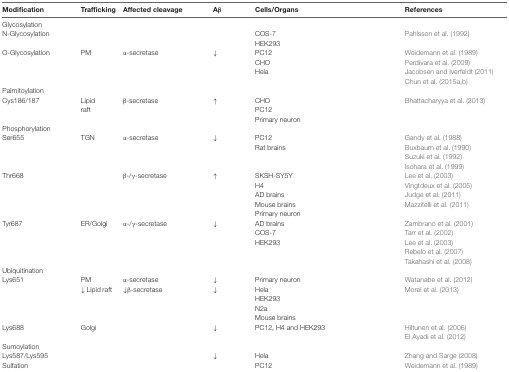
<table><thead><tr><td><b>Modification</b></td><td><b>Trafficking</b></td><td><b>Affected cleavage</b></td><td><b>Aβ</b></td><td><b>Cells/Organs</b></td><td><b>References</b></td></tr></thead><tbody><tr><td>Glycosylation</td></tr><tr><td>N-Glycosylation</td><td></td><td></td><td></td><td>COS-7 HEK293</td><td>Pahlsson et al. (1992)</td></tr><tr><td>O-Glycosylation</td><td>PM</td><td>α-secretase</td><td>↓</td><td>PC12 CHO Hela</td><td>Weidemann et al. (1989) Perdivara et al. (2009) Jacobsen and Iverfeldt (2011) Chun et al. (2015a,b)</td></tr><tr><td>Palmitoylation</td></tr><tr><td>Cys186/187</td><td>Lipid raft</td><td>β-secretase</td><td>↑</td><td>CHO PC12 Primary neuron</td><td>Bhattacharyya et al. (2013)</td></tr><tr><td>Phosphorylation</td></tr><tr><td>Ser655</td><td>TGN</td><td>α-secretase</td><td>↓</td><td>PC12 Rat brains</td><td>Gandy et al. (1988) Buxbaum et al. (1990) Suzuki et al. (1992) Isohara et al. (1999)</td></tr><tr><td>Thr668</td><td></td><td>β-/γ-secretase</td><td>↑</td><td>SKSH-SY5Y H4 AD brains Mouse brains Primary neuron</td><td>Lee et al. (2003) Vingtdeux et al. (2005) Judge et al. (2011) Mazzitelli et al. (2011)</td></tr><tr><td>Tyr687</td><td>ER/Golgi</td><td>α-/γ-secretase</td><td>↓</td><td>AD brains COS-7 HEK293</td><td>Zambrano et al. (2001) Tarr et al. (2002) Lee et al. (2003) Rebelo et al. (2007) Takahashi et al. (2008)</td></tr><tr><td>Ubiquitination</td></tr><tr><td>Lys651</td><td>PM ↓ Lipid raft</td><td>α-secretase ↓β-secretase</td><td>↓ ↓</td><td>Primary neuron Hela HEK293 N2a Mouse brains</td><td>Watanabe et al. (2012) Morel et al. (2013)</td></tr><tr><td>Lys688</td><td>Golgi</td><td></td><td>↓</td><td>PC12, H4 and HEK293</td><td>Hiltunen et al. (2006) El Ayadi et al. (2012)</td></tr><tr><td>Sumoylation</td></tr><tr><td>Lys587/Lys595</td><td></td><td></td><td>↓</td><td>Hela</td><td>Zhang and Sarge (2008)</td></tr><tr><td>Sulfation</td><td></td><td></td><td></td><td>PC12</td><td>Weidemann et al. (1989)</td></tr></tbody></table>